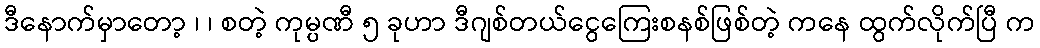
ဒီနောက်မှာတော့ ၊ ၊ စတဲ့ ကုမ္ပဏီ ၅ ခုဟာ ဒီဂျစ်တယ်ငွေကြေးစနစ်ဖြစ်တဲ့ ကနေ ထွက်လိုက်ပြီ က